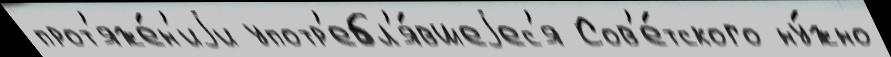
прот'яже́н'иjи употр'ебл'я́вшеjес'я Сов'е́тского ну́жно